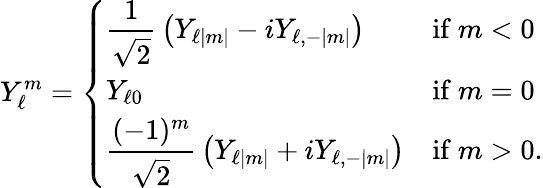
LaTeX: Y_{\ell}^{m}={\left\{ \begin{array}{ll}{\displaystyle{\frac{1}{\sqrt{2}}}\left(Y_{\ell|m|}-iY_{\ell,-|m|}\right)}&{{\mathrm{if}}\ m<0}\\ {\displaystyle Y_{\ell 0}}&{{\mathrm{if}}\ m=0}\\ {\displaystyle{\frac{(-1)^{m}}{\sqrt{2}}}\left(Y_{\ell|m|}+iY_{\ell,-|m|}\right)}&{{\mathrm{if}}\ m>0.}\end{array}\right.}